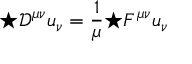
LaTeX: { \star { \mathcal { D } } ^ { \mu \nu } } u _ { \nu } = { \frac { 1 } { \mu } } { \star F ^ { \mu \nu } } u _ { \nu }